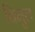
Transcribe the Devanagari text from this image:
विमुल